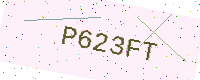
Text: P623FT